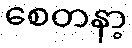
စေတနာ့